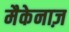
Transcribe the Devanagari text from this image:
मैकेनाज़